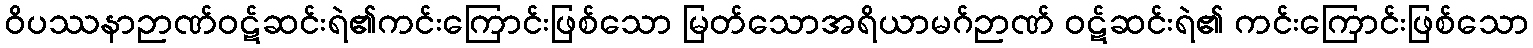
ဝိပဿနာဉာဏ်ဝဋ်ဆင်းရဲ၏ကင်းကြောင်းဖြစ်သော မြတ်သောအရိယာမဂ်ဉာဏ် ဝဋ်ဆင်းရဲ၏ ကင်းကြောင်းဖြစ်သော